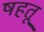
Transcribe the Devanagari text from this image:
षहतू